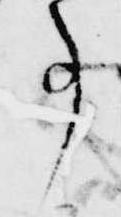
事